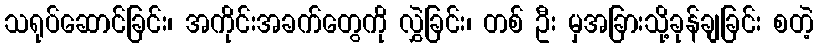
သရုပ်ဆောင်ခြင်း၊ အကိုင်းအခက်တွေကို လွှဲခြင်း၊ တစ် ဦး မှအခြားသို့ခုန်ချခြင်း စတဲ့